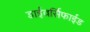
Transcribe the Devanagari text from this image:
डाईवर्सिफाईड